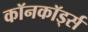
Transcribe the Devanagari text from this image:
कॉनकॉर्ड्स